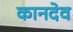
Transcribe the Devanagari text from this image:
कानदेव